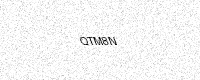
Text: QTM8N